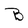
Character: B